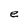
Character: e